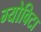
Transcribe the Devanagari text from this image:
ग्योविटा